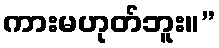
ကားမဟုတ်ဘူး။”